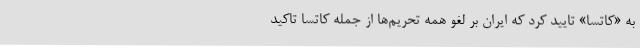
به «کاتسا» تایید کرد که ایران بر لغو همه تحریم‌ها از جمله کاتسا تاکید